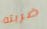
ضربته